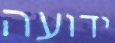
ידועה